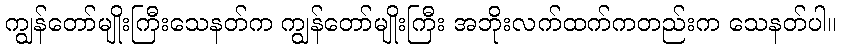
ကျွန်တော်မျိုးကြီးသေနတ်က ကျွန်တော်မျိုးကြီး အဘိုးလက်ထက်ကတည်းက သေနတ်ပါ။